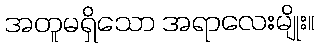
အတူမရှိသော အရာလေးမျိုး။